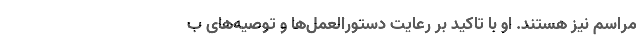
مراسم نیز هستند. او با تاکید بر رعایت دستورالعمل‌ها و توصیه‌های ب